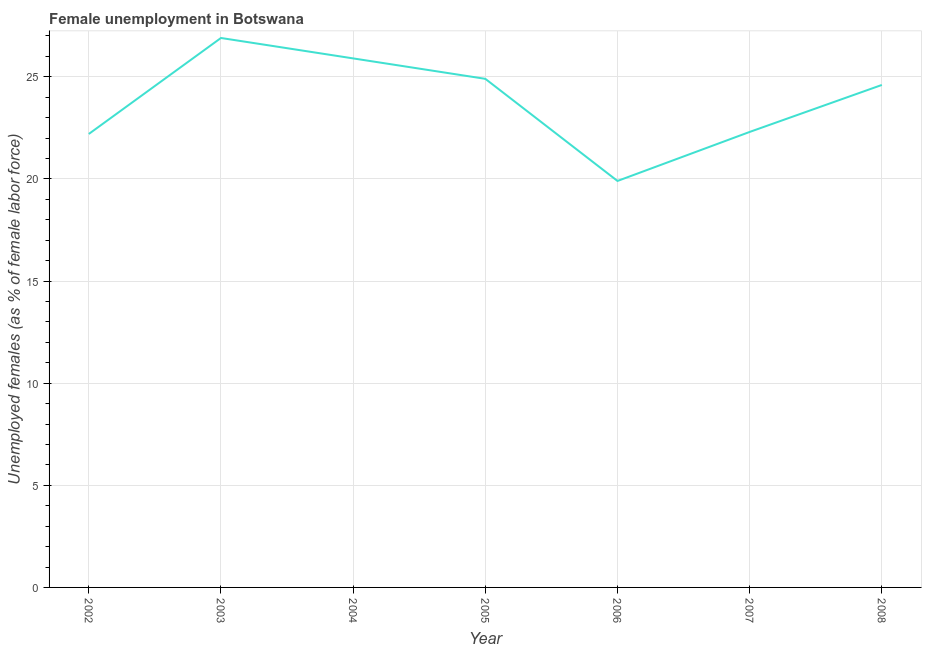
| Year | Unemployment |
 | --- | --- |
 | 2002 | 22.2 |
 | 2003 | 26.9 |
 | 2004 | 25.9 |
 | 2005 | 24.9 |
 | 2006 | 19.9 |
 | 2007 | 22.3 |
 | 2008 | 24.6 |